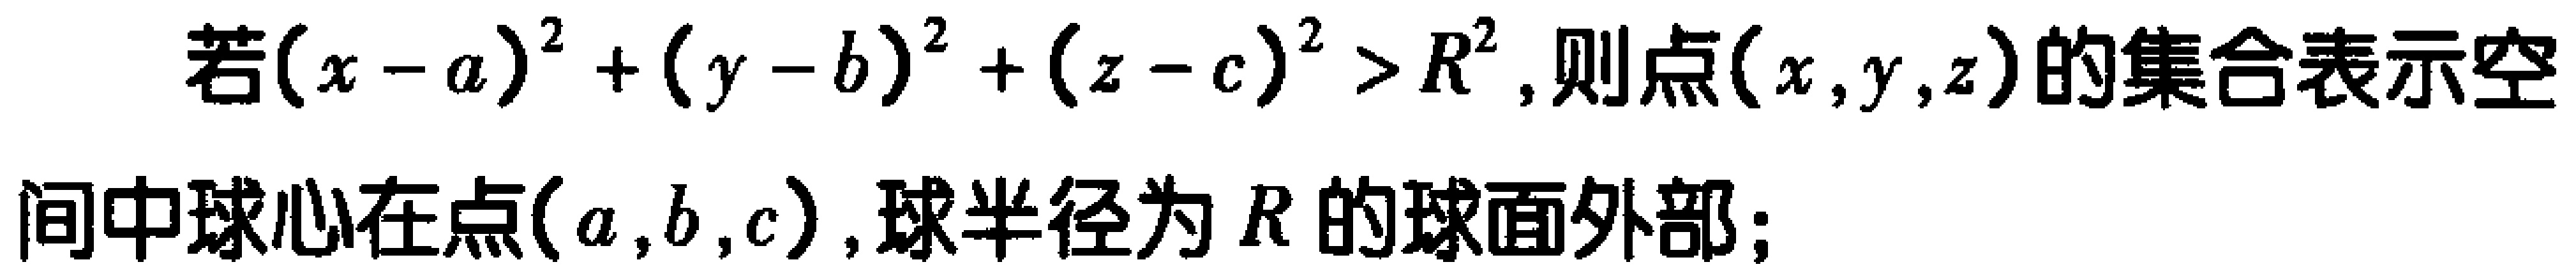
若\((x - a)^2 + (y - b)^2 + (z - c)^2 > R^2\), 则点\((x,y,z)\)的集合表示空间中球心在点\((a,b,c)\), 球半径为\(R\)的球面外部;